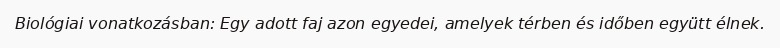
Biológiai vonatkozásban: Egy adott faj azon egyedei, amelyek térben és időben együtt élnek.